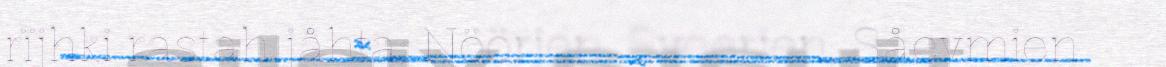
rïjhki rastah jåhta; Nöörjen, Sveerjen, Såevmien